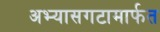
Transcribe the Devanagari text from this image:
अभ्यासगटामार्फत